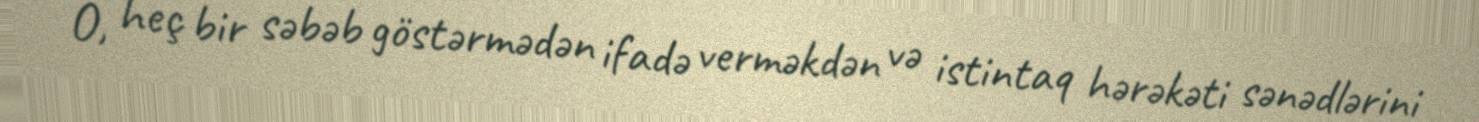
O, heç bir səbəb göstərmədən ifadə verməkdən və istintaq hərəkəti sənədlərini